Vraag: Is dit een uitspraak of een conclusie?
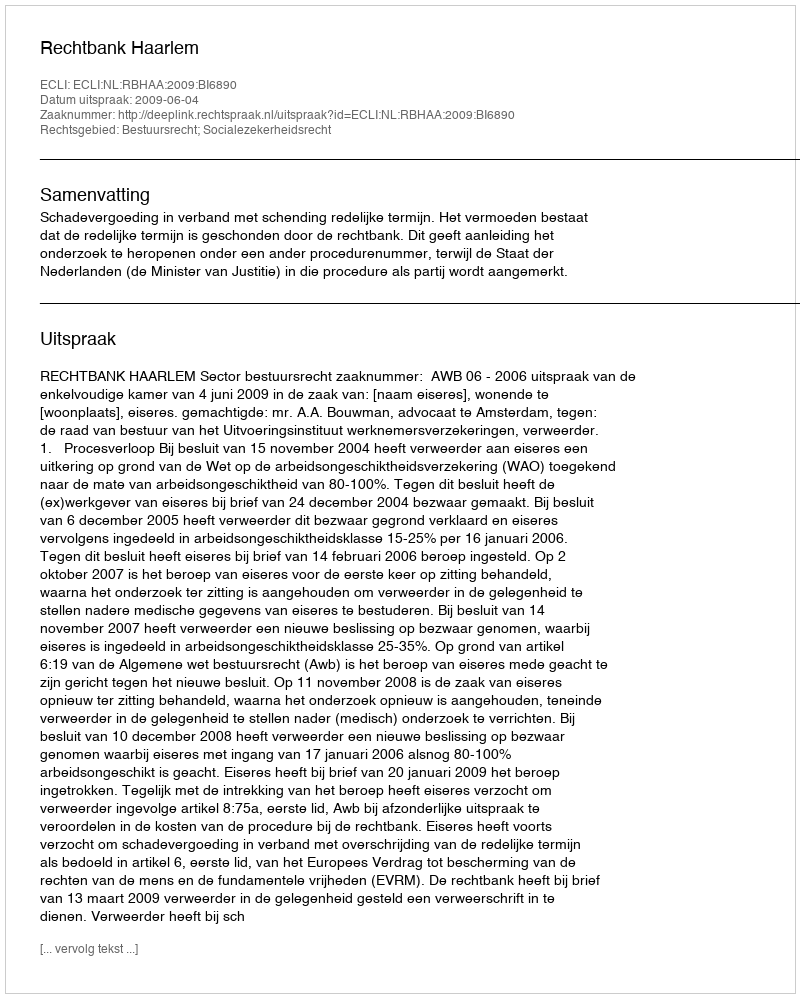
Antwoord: Uitspraak